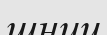
шниц